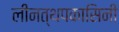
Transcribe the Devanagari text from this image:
लीनत्थपकासिनी